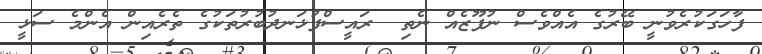
ފާހަގަކުރެވުނީ ބޭރުގެ އެއްވެސް ނުފޫޒެއް ނެތި  ރައީސްފުޅަނދުބުރުތަކުގެ ތެރެއިން އެންމެ ސަޅީ